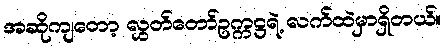
အဆိုကျတော့ လွှတ်တော်ဥက္ကဋ္ဌရဲ့ လက်ထဲမှာရှိတယ်။